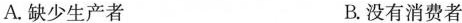
A.缺少生产者 B.没有消费者